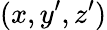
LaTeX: (x,y^{\prime},z^{\prime})